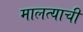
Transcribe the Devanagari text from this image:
मालत्याची